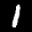
Label: 1